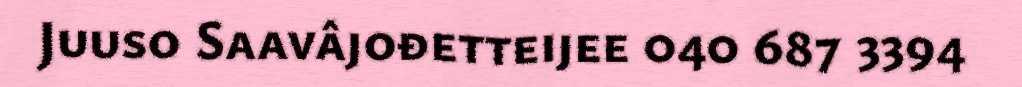
Juuso Saavâjođetteijee 040 687 3394